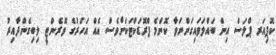
ކޮޕިއަރ ޕްލަސް އިން ބައްލަވައިގަންނަވާ ކޮންމެ ޕްރޮޑަކްޓަކަށްވެސް އެއް އަހަރުގެ ވޮރެންޓީ ލިބިގެންދާއިރު